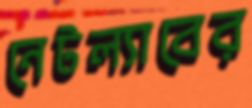
নেটল্যাবের